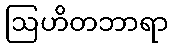
ဩဟိတဘာရာ